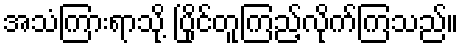
အသံကြားရာသို့ ပြိုင်တူကြည့်လိုက်ကြသည်။